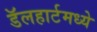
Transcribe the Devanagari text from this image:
डॅलहार्टमध्ये